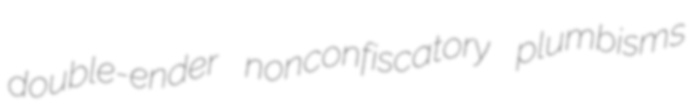
double-ender nonconfiscatory plumbisms